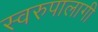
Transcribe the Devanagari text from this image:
स्वरुपालागी